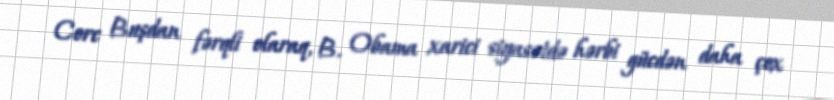
Corc Buşdan fərqli olaraq, B. Obama xarici siyasətdə hərbi gücdən daha çox